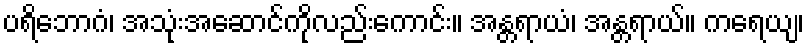
ပရိဘောဂံ၊ အသုံးအဆောင်ကိုလည်းကောင်း။ အန္တရာယံ၊ အန္တရာယ်။ ကရေယျ၊